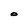
Character: O